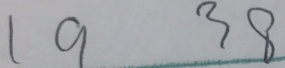
1 9 3 8